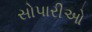
સોપારીઓ